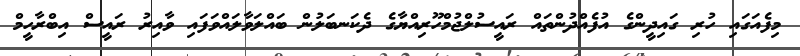
މިފެއަގައި ހުރި ގައިދީންގެ އުފެއްދުންތައް ރައީސުލްޖުމްހޫރިއްޔާގެ ދެކަނބަލުން ބައްލަވާލައްވަފައި ވާއިރު ރައީސް އިބްރާހީމް